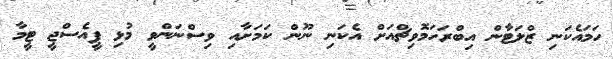
ހަމައެކަނި ޒްލަޓާން އިބްރަހަމޮވިޗްއަށް އެކަނި ނޫން ކަމަށާއި ވިސްނަންވީ މުޅި ޕީއެސްޖީ ޓީމާ